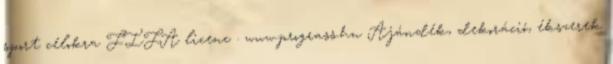
sport célokra FIFA licenc . www.prograss.hu Ajándék, dekoráció, ékszerek